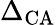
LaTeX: \Delta_{\mathrm{CA}}